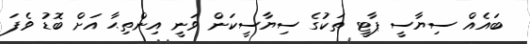
ބައެއް ސިޔާސީ ޕާޓީ ތަކުގެ ސިޔާސީކަން ވަނީ އިންތިޙާ އަށް ބޮޑު ވެފަ